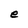
Character: e